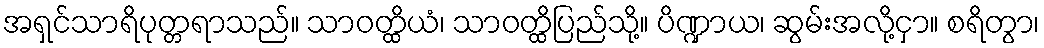
အရှင်သာရိပုတ္တရာသည်။ သာဝတ္ထိယံ၊ သာဝတ္ထိပြည်သို့။ ပိဏ္ဍာယ၊ ဆွမ်းအလို့ငှာ။ စရိတွာ၊